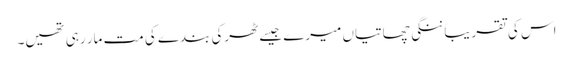
اس کی تقریباً ننگی چھاتیاں میرے جیسے ٹھرکی بندے کی مت مار رہی تھیں۔